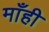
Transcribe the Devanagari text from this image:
माँही